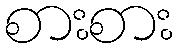
စားစား